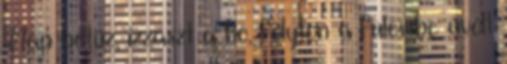
Nap betűz, izzaszt a hő, folyton a fülembe üvölt